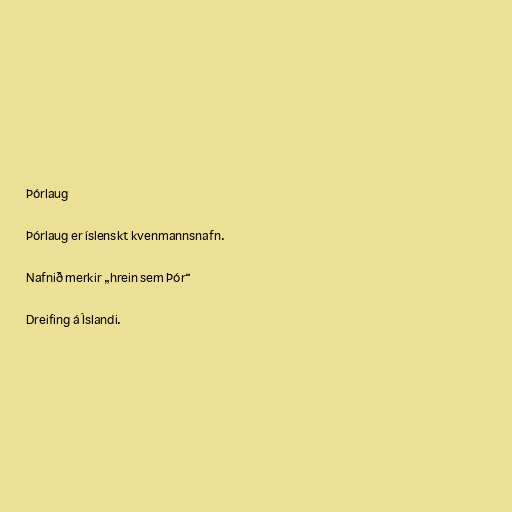
Þórlaug

Þórlaug er íslenskt kvenmannsnafn.

Nafnið merkir „hrein sem Þór“

Dreifing á Íslandi.